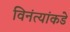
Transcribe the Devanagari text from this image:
विनंत्यांकडे